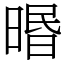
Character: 㬆